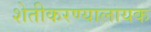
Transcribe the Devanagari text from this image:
शेतीकरण्यालायक